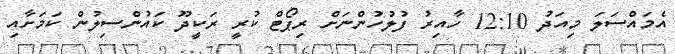
އެމައްސަލަ މިއަދު 12:10 ހާއިރު ފުލުހުންނަށް ރިޕޯޓް ކުރީ ރަކީދޫ ކައުންސިލުން ކަމަށާއި